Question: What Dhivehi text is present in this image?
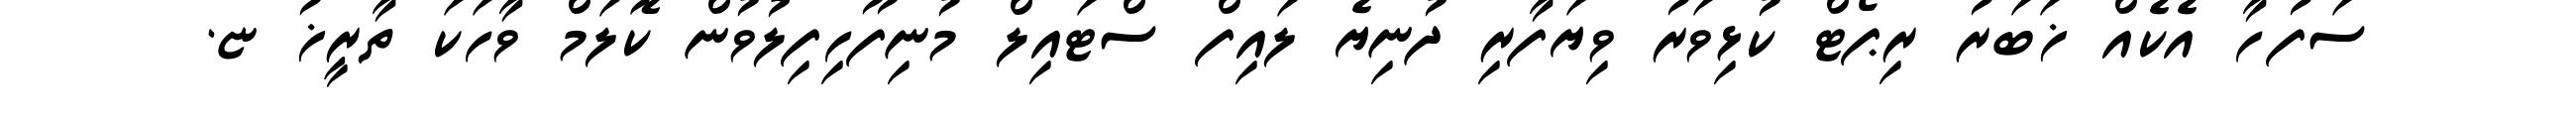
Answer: ސަފުހާ އެކެއް ޚަބަރު ރިޕޯޓް ކުޅިވަރު ވިޔަފާރި ދުނިޔެ ލައިފް ސްޓައިލް މުނިފޫހިފިލުވުން ކޮލަމް ވާހަކަ ތާރީޚު ޏ.